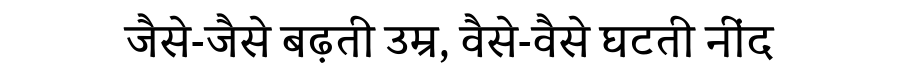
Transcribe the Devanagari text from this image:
जैसे-जैसे बढ़ती उम्र, वैसे-वैसे घटती नींद